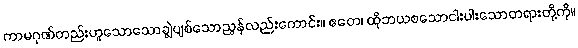
ကာမဂုဏ်တည်းဟူသောသောချွဲပျစ်သောညွန်လည်းကောင်း။ ဧတေ၊ ထိုဘယစသောငါးပါးသောတရားတို့ကို။